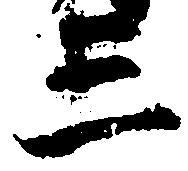
三